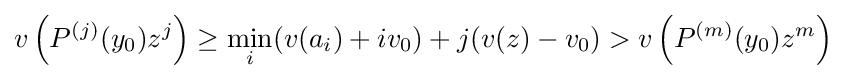
v\left(P^{(j)}(y_{0})z^{j}\right)\geq \min _{i}(v(a_{i})+iv_{0})+j(v(z)-v_{0})>v\left(P^{(m)}(y_{0})z^{m}\right)